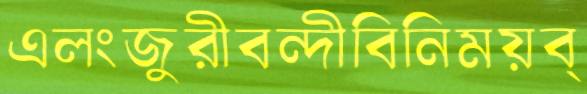
এলংজুরীবন্দীবিনিময়ব্